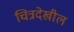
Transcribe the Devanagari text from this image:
चित्रदेखील